Lunatic asylums Punjab 1868-1880 - 1868-1880
Year: 1868
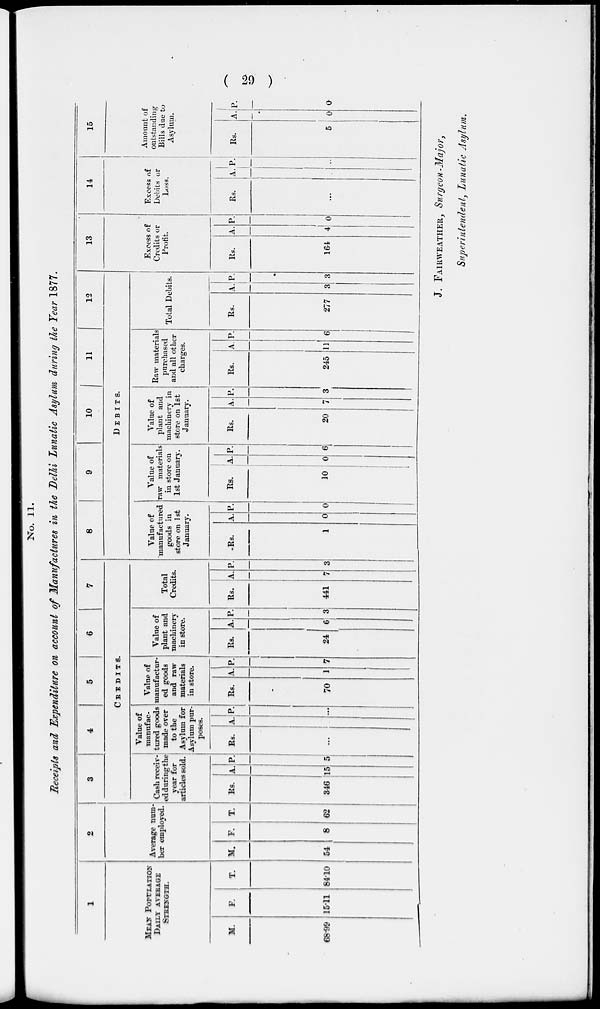
(29)
No. 11.
Receipts and Expenditure on account of Manufactures in the Delhi Lunatic Asylum during the Year 1877.
1
MEAN POPULATION
DAILY AVERAGE
STRENGTH.
M.
66.99
F.
15.11
T.
84.10
2
Average num-
ber employed.
M.
54
F.
8
T.
62
3
4
5
6
7
CREDITS.
Cash receiv-
ed during the
year for
articles sold.
Rs.
346
A.
15
P.
5
Value of
manufac-
tured goods
made over
to the
Asylum for
Asylum pur-
poses.
Rs.
...
A.
...
P.
...
Value of
manufactur-
ed goods
and raw
in store.
Rs.
70
A.
1
P.
7
Value of
plant and
machinery
in store.
Rs.
24
A.
6
P.
3
Total
Credits.
Rs.
441
A.
7
P.
3
8
9
10
11
12
DEBITS.
Value of
manufactured
goods in
store on 1st
January.
Rs.
1
A.
0
P.
0
Value of
raw materials
in store on
1st January.
Rs.
10
A.
0
P.
6
Value of
plant and
machinery in
store on 1st
January.
Rs.
20
A.
7
P.
3
Raw materials
purchased
and all other
charges.
Rs.
245
A.
11
P.
6
Total Debits.
Rs.
277
A.
3
P.
3
13
Excess of
Credits or
Profit.
Rs.
164
A.
4
P.
0
14
Excess of
Debits or
Loss.
Rs.
...
A. P.
...
15
Amount of
outstanding
Bills due to
Asylum.
Rs.
5
A.
0
P.
0
J. FAIRWEATHER, Surgeon-Major,
Superintendent, Lunatic Asylum.